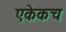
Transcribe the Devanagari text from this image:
एकेकच